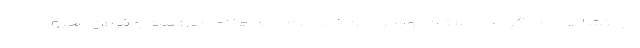
دولتشاهی می‌گوید داستان نویس این ضمانت نامه‌ها امامی است و فرزان مجری